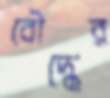
বৌদ্ধের